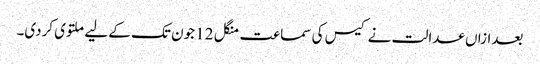
بعدازاں عدالت نے کیس کی سماعت منگل 12 جون تک کے لیے ملتوی کردی۔